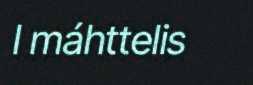
l máhttelis